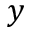
y